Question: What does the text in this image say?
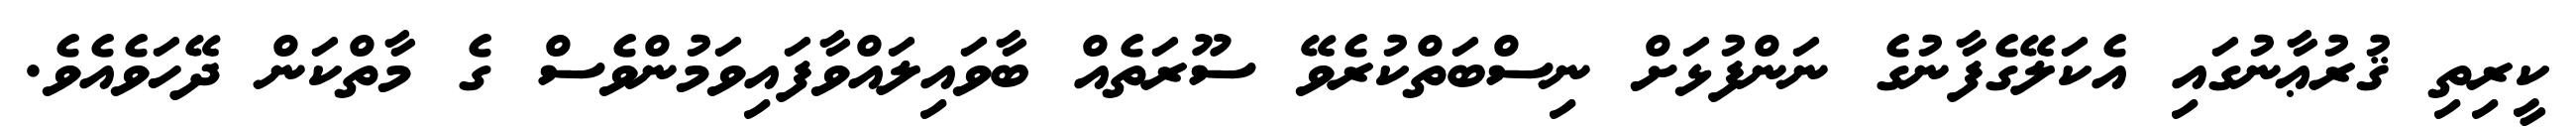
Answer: ކީރިތި ޤުރުޢާނުގައި އެކަލޭގެފާނުގެ ނަންފުޅަށް ނިސްބަތްކުރެވޭ ސޫރަތެއް ބާވައިލައްވާފައިވަމުންވެސް ގެ މާތްކަން ދޭހަވެއެވެ.